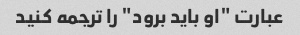
عبارت "او باید برود" را ترجمه کنید